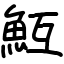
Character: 魱